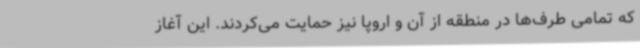
که تمامی طرف‌ها در منطقه از آن و اروپا نیز حمایت می‌کردند. این آغاز